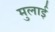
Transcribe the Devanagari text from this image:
मुलाई